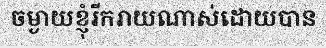
ចម្ងាយខ្ញុ៓រីករាយណាស់ដោយបាន